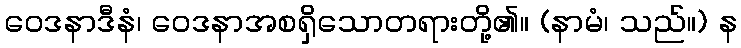
ဝေဒနာဒီနံ၊ ဝေဒနာအစရှိသောတရားတို့၏။ (နာမံ၊ သည်။) န